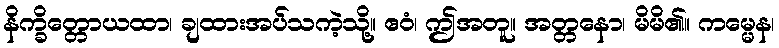
နိက္ခိတ္တောယထာ၊ ချထားအပ်သကဲ့သို့။ ဧဝံ၊ ဤအတူ။ အတ္တနော၊ မိမိ၏။ ကမ္မေန၊